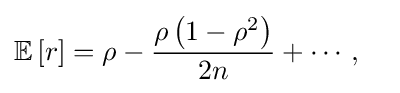
\operatorname {\mathbb {E} } \left[r\right]=\rho -{\frac {\rho \left(1-\rho ^{2}\right)}{2n}}+\cdots ,\quad